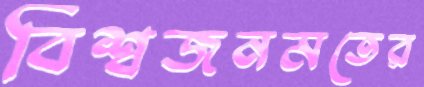
বিশ্বজনমতের